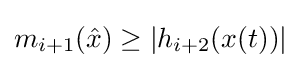
m_{i+1}({\hat {x}})\geq |h_{i+2}(x(t))|